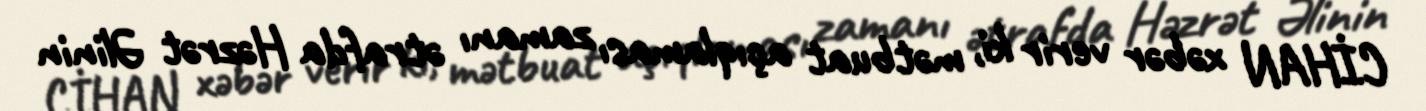
CİHAN xəbər verir ki, mətbuat açıqlaması zamanı ətrafda Həzrət Əlinin